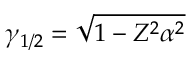
\gamma _ { 1 / 2 } = \sqrt { 1 - Z ^ { 2 } \alpha ^ { 2 } }